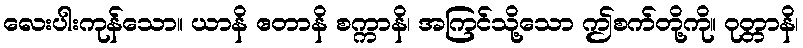
လေးပါးကုန်သော။ ယာနိ ဧတာနိ စက္ကာနိ၊ အကြင်သို့သော ဤစက်တို့ကို။ ဝုတ္တာနိ၊